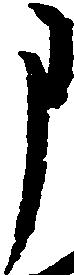
申